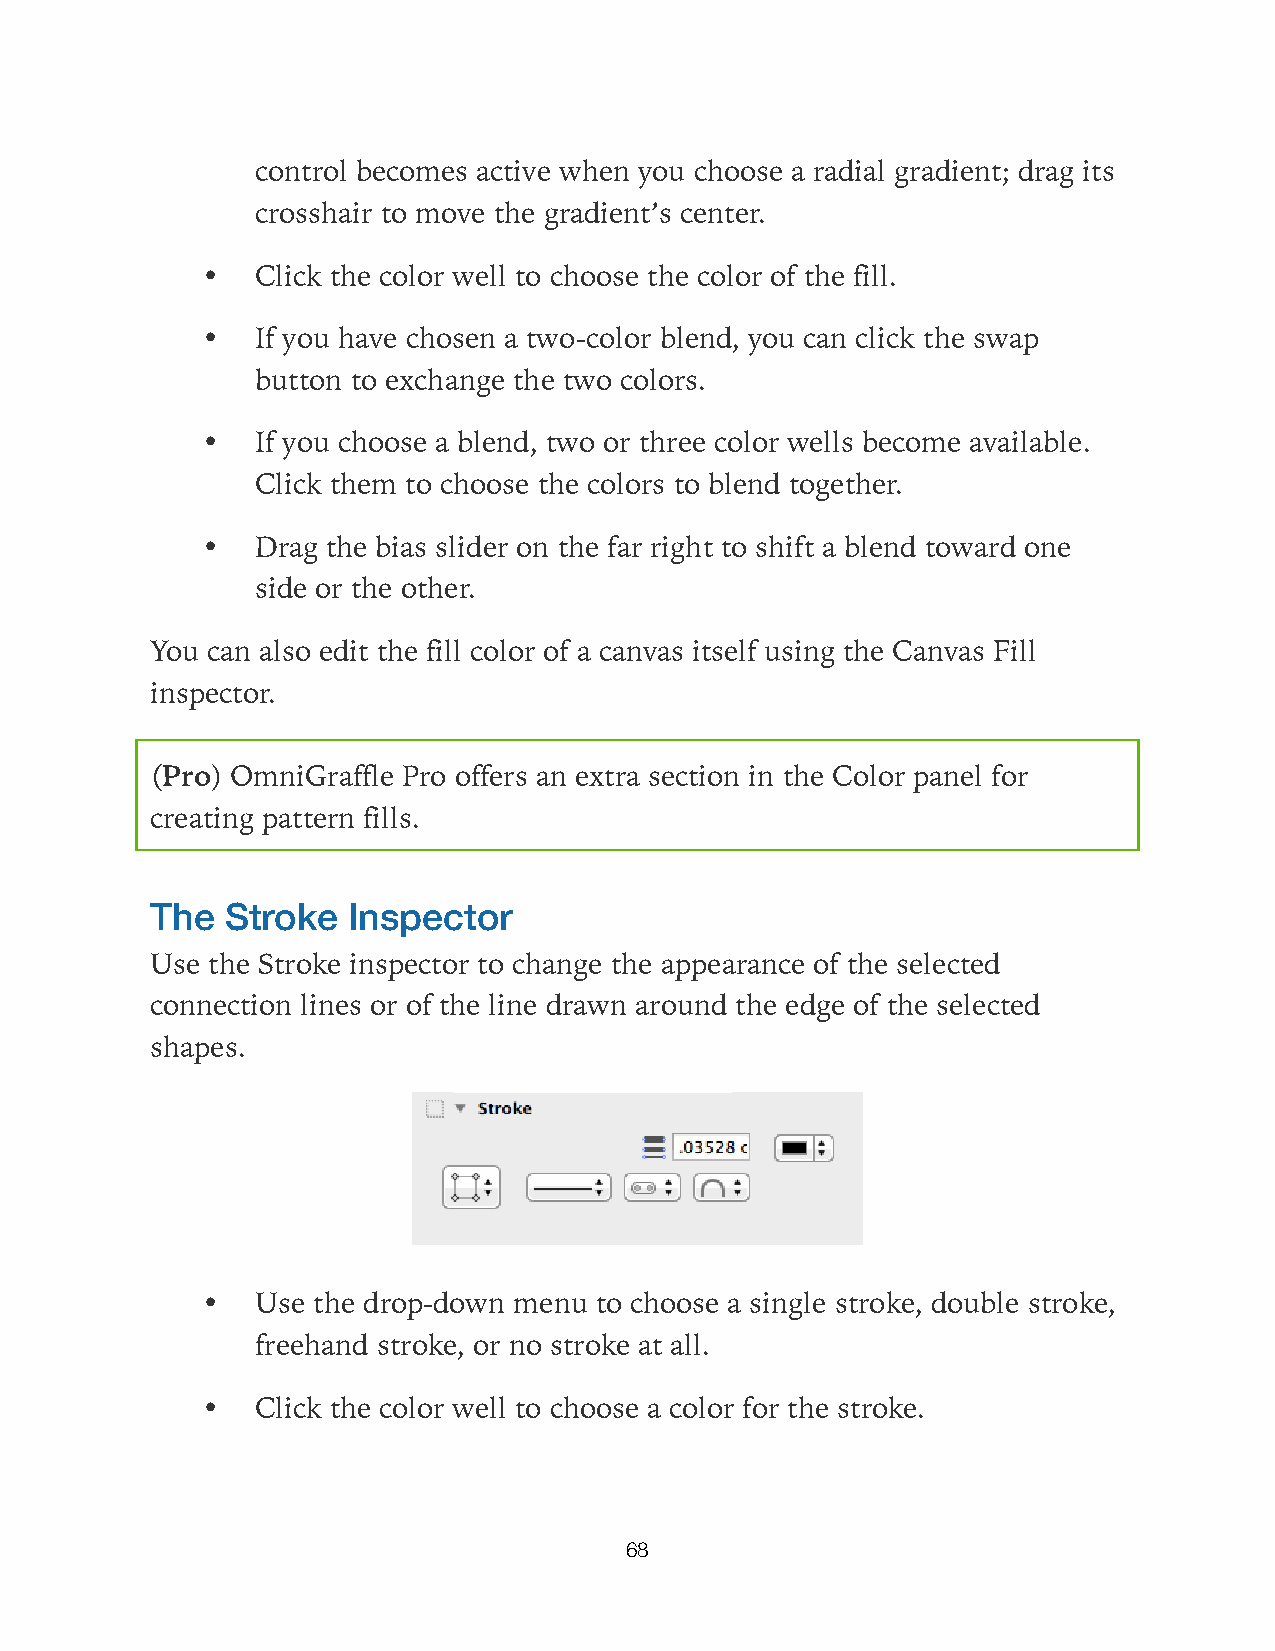
control becomes active when you choose a radial gradient; drag its
 crosshair to move the gradient’s center.
 •   Click the color well to choose the color of the fill.
 •   If you have chosen a two-color blend, you can click the swap
 button to exchange the two colors.
 •   If you choose a blend, two or three color wells become available.
 Click them to choose the colors to blend together.
 •   Drag the bias slider on the far right to shift a blend toward one
 side or the other.
 You can also edit the fill color of a canvas itself using the Canvas Fill
 inspector.
 (Pro) OmniGraffle Pro offers an extra section in the Color panel for
 creating pattern fills.
 The  Stroke  Inspector
 Use the Stroke inspector to change the appearance of the selected
 connection lines or of the line drawn around the edge of the selected
 shapes.
 •   Use the drop-down menu to choose a single stroke, double stroke,
 freehand stroke, or no stroke at all.
 •   Click the color well to choose a color for the stroke.
 68